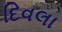
દિવલા